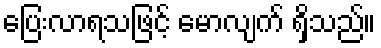
ပြေးလာရသဖြင့် မောလျက် ရှိသည်။